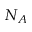
N _ { A }